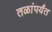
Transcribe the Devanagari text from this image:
तळांपर्यंत